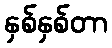
နှစ်နှစ်တာ